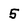
Character: 5